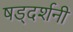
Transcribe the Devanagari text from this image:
षड्दर्शनी